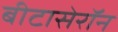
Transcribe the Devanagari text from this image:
बीटासेरॉन